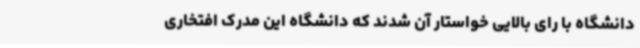
دانشگاه با رای بالایی خواستار آن شدند که دانشگاه این مدرک افتخاری